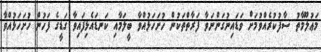
މަޢުލޫމާތު ސާފުކުރެއްވުމަށް ވަޑައިނުގަންނަވާ ފަރާތްތަކުން ހުށަހަޅުއްވާ ބީލަމާއި ކަނޑައެޅިފައިވާ ގަޑީގެ ފަހުން ހުށަހަޅުއްވާ